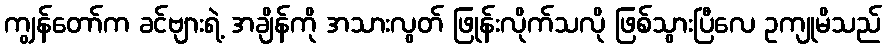
ကျွန်တော်က ခင်ဗျားရဲ့ အချိန်ကို အသားလွတ် ဖြုန်းလိုက်သလို ဖြစ်သွားပြီလေ ဥကျုမိသည်